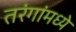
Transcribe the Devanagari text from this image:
तरंगांमध्ये